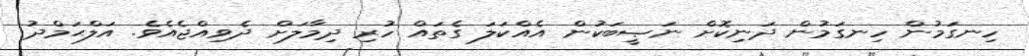
ހިނގަމުން ހިނގަމުން ދަނިކޮށް ނަޞީބަކުން އެއްކަލަ ގެތައް ހުރި ދިމާލަށް ދެވިއްޖެއެވެ. އަލްޙަމްދު